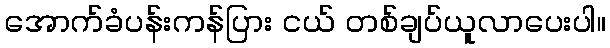
အောက်ခံပန်းကန်ပြား ငယ် တစ်ချပ်ယူလာပေးပါ။